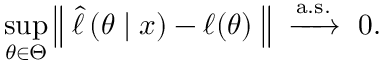
\operatorname* { s u p } _ { \theta \in \Theta } \left\| \; { \widehat { \ell \, } } ( \theta \mid x ) - \ell ( \theta ) \; \right\| \ \xrightarrow { \mathrm { a . s . } } \ 0 .